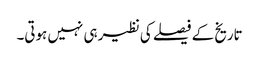
تاریخ کے فیصلے کی نظیر ہی نہیں ہوتی۔